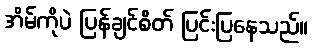
အိမ်ကိုပဲ ပြန်ချင်စိတ် ပြင်းပြနေသည်။